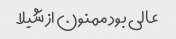
عالی بود ممنون از شیلا